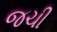
જચી